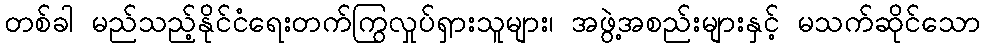
တစ်ခါ မည်သည့်နိုင်ငံရေးတက်ကြွလှုပ်ရှားသူများ၊ အဖွဲ့အစည်းများနှင့် မသက်ဆိုင်သော